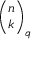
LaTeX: { \binom { n } { k } } _ { q }